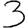
Digit: 3